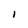
Character: 1